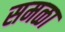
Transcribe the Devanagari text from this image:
समळा